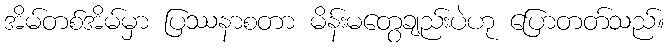
အိမ်တစ်အိမ်မှာ ပြဿနာစတာ မိန်းမတွေချည်းပဲဟု ပြောတတ်သည်။